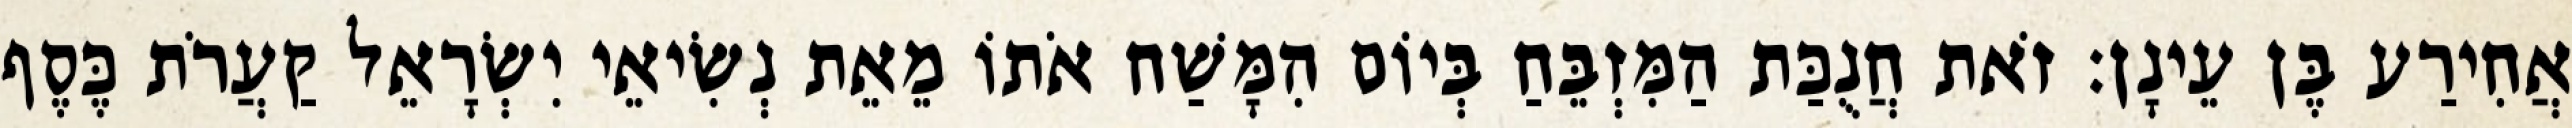
אֲחִירַע בֶּן עֵינָן׃ זֹאת חֲנֻכַּת הַמִּזְבֵּחַ בְּיוֹם הִמָּשַׁח אֹתוֹ מֵאֵת נְשִׂיאֵי יִשְׂרָאֵל קַעֲרֹת כֶּסֶף